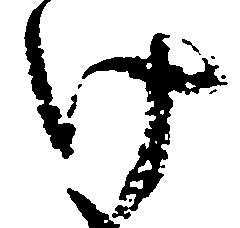
け